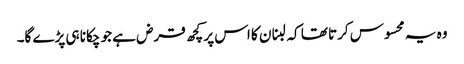
وہ یہ محسوس کرتا تھا کہ لبنان کا اس پر کچھ قرض ہے جو چکانا ہی پڑے گا۔